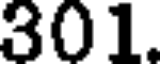
301.